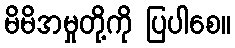
မိမိအမှုတို့ကို ပြပါစေ။